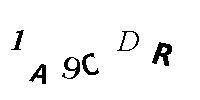
1A9CDR